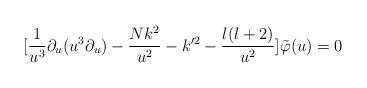
LaTeX: \begin{align*}[\frac{1}{u^{3}}\partial _{u}(u^{3}\partial _{u})-\frac{Nk^{2}}{u^{2}}-k'^{2}-\frac{l(l+2)}{u^{2}}]\tilde{\varphi }(u)=0\end{align*}